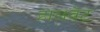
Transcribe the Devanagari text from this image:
हालवेट